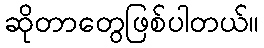
ဆိုတာတွေဖြစ်ပါတယ်။